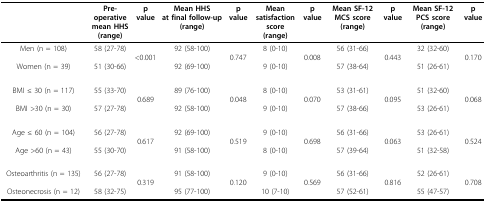
<table><thead><tr><td></td><td><b>Pre-operative mean HHS (range)</b></td><td><b>p value</b></td><td><b>Mean HHS at final follow-up (range)</b></td><td><b>p value</b></td><td><b>Mean satisfaction score (range)</b></td><td><b>p value</b></td><td><b>Mean SF-12 MCS score (range)</b></td><td><b>p value</b></td><td><b>Mean SF-12 PCS score (range)</b></td><td><b>p value</b></td></tr></thead><tbody><tr><td>Men (n = 108)Women (n = 39)</td><td>58 (27-78)51 (30-66)</td><td>&lt;0.001</td><td>92 (58-100)92 (69-100)</td><td>0.747</td><td>8 (0-10)9 (0-10)</td><td>0.008</td><td>56 (31-66)57 (38-64)</td><td>0.443</td><td>32 (32-60)51 (26-61)</td><td>0.170</td></tr><tr><td>BMI ≤ 30 (n = 117)BMI &gt;30 (n = 30)</td><td>55 (33-70)57 (27-78)</td><td>0.689</td><td>89 (76-100)92 (58-100)</td><td>0.048</td><td>8 (0-10)9 (0-10)</td><td>0.070</td><td>53 (31-61)57 (38-66)</td><td>0.095</td><td>51 (32-60)53 (26-61)</td><td>0.068</td></tr><tr><td>Age ≤ 60 (n = 104)Age &gt;60 (n = 43)</td><td>56 (27-78)55 (30-70)</td><td>0.617</td><td>92 (69-100)91 (58-100)</td><td>0.519</td><td>9 (0-10)8 (0-10)</td><td>0.698</td><td>56 (31-66)57 (39-64)</td><td>0.063</td><td>53 (26-61)51 (32-58)</td><td>0.524</td></tr><tr><td>Osteoarthritis (n = 135)Osteonecrosis (n = 12)</td><td>56 (27-78)58 (32-75)</td><td>0.319</td><td>91 (58-100)95 (77-100)</td><td>0.120</td><td>9 (0-10)10 (7-10)</td><td>0.569</td><td>56 (31-66)57 (52-61)</td><td>0.816</td><td>52 (26-61)55 (47-57)</td><td>0.708</td></tr></tbody></table>